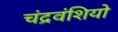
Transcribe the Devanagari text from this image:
चंद्रवंशियो